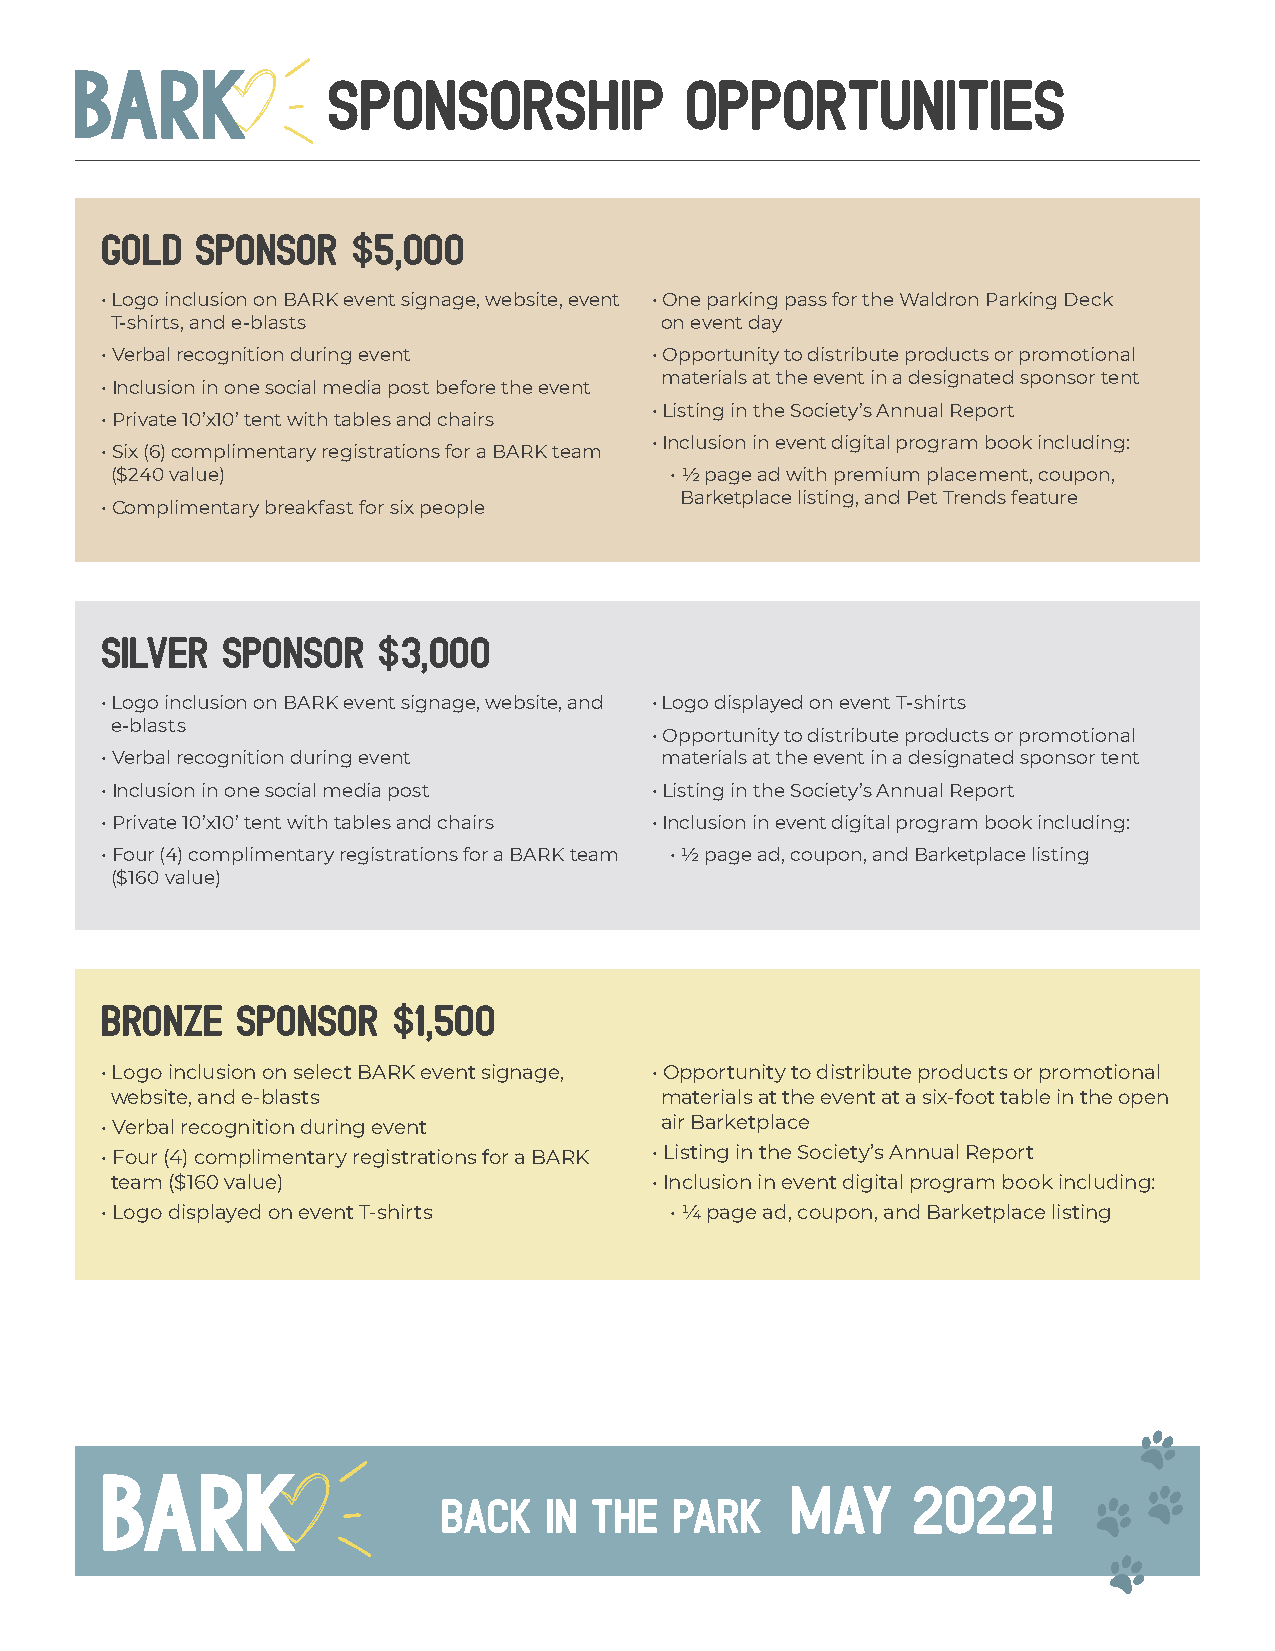
SPONSORSHIP            OPPORTUNITIES
 GOLD  SPONSOR   $5,000
 • Logo inclusion on BARK event signage, website, event • One parking pass for the Waldron Parking Deck
 T-shirts, and e-blasts               on event day
 • Verbal recognition during event   • Opportunity to distribute products or promotional
 materials at the event in a designated sponsor tent
 • Inclusion in one social media post before the event
 • Listing in the Society’s Annual Report
 • Private 10’x10’ tent with tables and chairs
 • Inclusion in event digital program book including:
 • Six (6) complimentary registrations for a BARK team
 ($240 value)                         • ½ page ad with premium placement, coupon,
 Barketplace listing, and Pet Trends feature
 • Complimentary breakfast for six people
 SILVER  SPONSOR   $3,000
 • Logo inclusion on BARK event signage, website, and • Logo displayed on event T-shirts
 e-blasts
 • Opportunity to distribute products or promotional
 • Verbal recognition during event    materials at the event in a designated sponsor tent
 • Inclusion in one social media post • Listing in the Society’s Annual Report
 • Private 10’x10’ tent with tables and chairs • Inclusion in event digital program book including:
 • Four (4) complimentary registrations for a BARK team • ½ page ad, coupon, and Barketplace listing
 ($160 value)
 BRONZE   SPONSOR   $1,500
 • Logo inclusion on select BARK event signage, • Opportunity to distribute products or promotional
 website, and e-blasts                materials at the event at a six-foot table in the open
 • Verbal recognition during event    air Barketplace
 • Four (4) complimentary registrations for a BARK • Listing in the Society’s Annual Report
 team ($160 value)                   • Inclusion in event digital program book including:
 • Logo displayed on event T-shirts   • ¼ page ad, coupon, and Barketplace listing